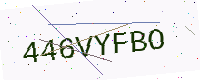
Text: 446VYFBO